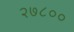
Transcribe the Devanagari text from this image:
२७८००